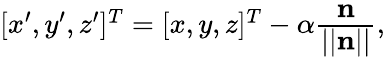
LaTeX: \begin{array}{r}{[x^{\prime},y^{\prime},z^{\prime}]^{T}=[x,y,z]^{T}-\alpha\cfrac{\textbf{n}}{||\textbf{n}||},}\end{array}